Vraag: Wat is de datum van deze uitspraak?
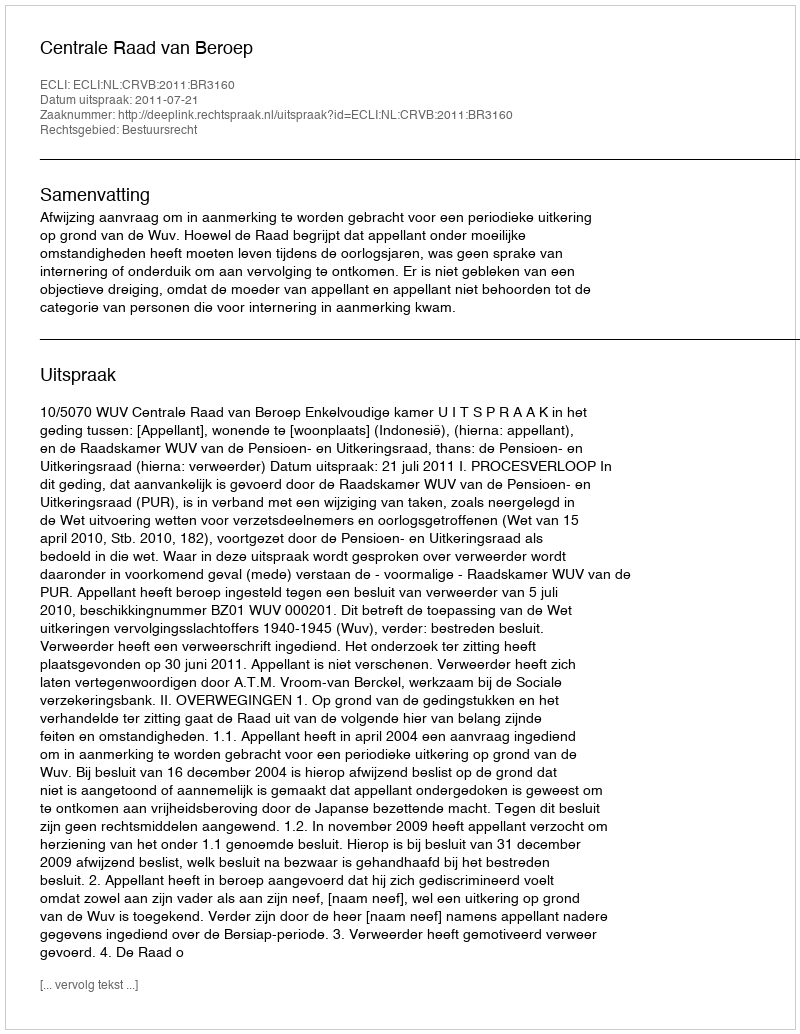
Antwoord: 2011-07-21